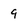
Character: 9